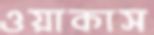
ওয়াকাস